Regulations for the medical services of the Army of India
Year: 1930
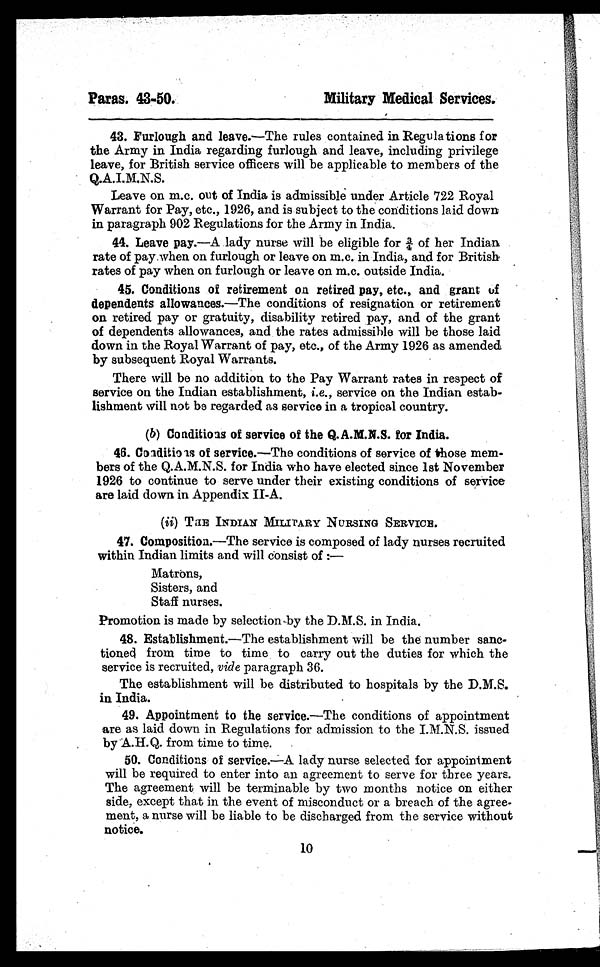
Paras. 43-50.
Military Medical Services.
43. Furlough and leave.—The rules contained in Regulations for
the Army in India regarding furlough and leave, including privilege
leave, for British service officers will be applicable to members of the
Q .A.I.M.N.S.
Leave on m.c. out of India is admissible under Article 722 Royal
Warrant for Pay, etc., 1926, and is subject to the conditions laid down
in paragraph 902 Regulations for the Army in India.
44. Leave pay.—A lady nurse will be eligible for ¾ of her Indian
rate of pay when on furlough or leave on m.c. in India, and for British
rates of pay when on furlough or leave on m.c. outside India.
45. Conditions of retirement on retired pay, etc., and grant of
dependents allowances.—The conditions of resignation or retirement
on retired pay or gratuity, disability retired pay, and of the grant
of dependents allowances, and the rates admissible will be those laid
down in the Royal Warrant of pay, etc., of the Army 1926 as amended
by subsequent Royal Warrants.
There will be no addition to the Pay Warrant rates in respect of
service on the Indian establishment, i.e., service on the Indian estab-
lishment will not be regarded as service in a tropical country.
(b) Conditions of service of the Q.A.M.N.S. for India.
46. Conditions of service.—The conditions of service of those mem-
bers of the Q.A.M.N.S. for India who have elected since 1st November
1926 to continue to serve under their existing conditions of service
are laid down in Appendix II-A.
(ii) THE INDIAN MILITARY NURSING SERVICE.
47. Composition.—The service is composed of lady nurses recruited
within Indian limits and will consist of :-
—
Matrons,
Sisters, and
Staff nurses.
Promotion is made by selection by the D.M.S. in India.
48. Establishment.—The establishment will be the number sanc-
tioned from time to time to carry out the duties for which the
service is recruited, vide paragraph 36.
The establishment will be distributed to hospitals by the D.M.S.
in India.
49. Appointment to the service.—The conditions of appointment
are as laid down in Regulations for admission to the I.M.N.S. issued
by A.H.Q. from time to time.
50. Conditions of service.—A lady nurse selected for appointment
will be required to enter into an agreement to serve for three years.
The agreement will be terminable by two months notice on either
side, except that in the event of misconduct or a breach of the agree-
ment, a nurse will be liable to be discharged from the service without
notice.
10